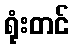
ရုံးတင်